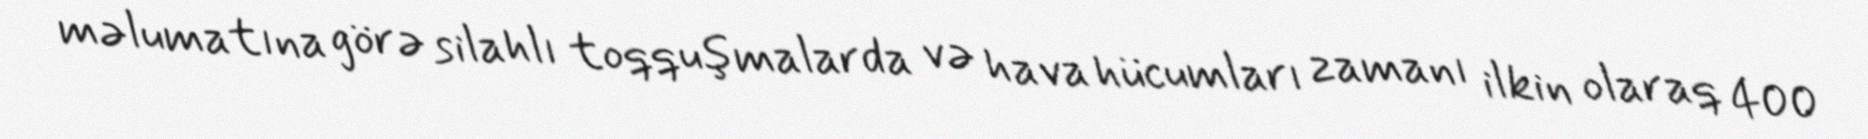
məlumatına görə silahlı toqquşmalarda və hava hücumları zamanı ilkin olaraq 400